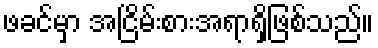
ဖခင်မှာ အငြိမ်းစားအရာရှိဖြစ်သည်။